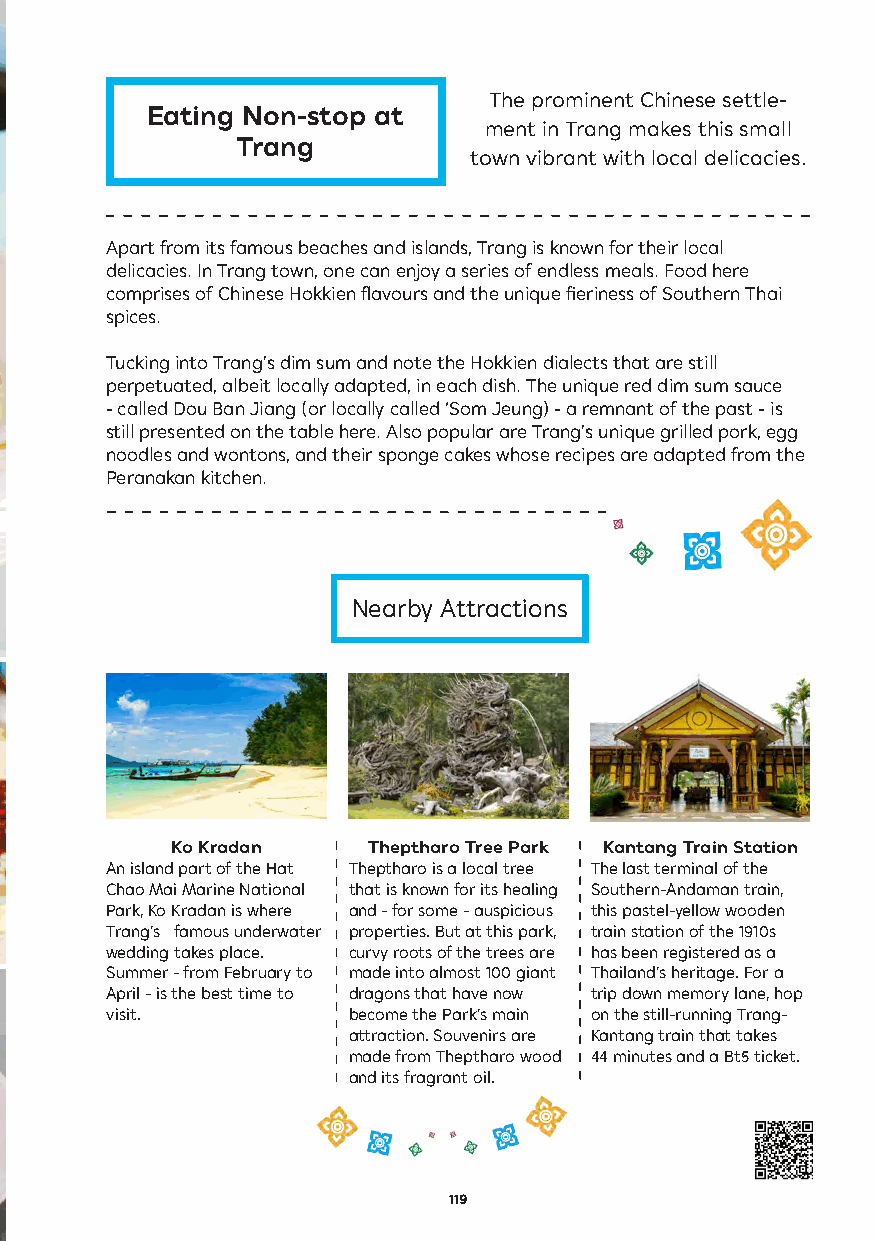
The prominent Chinese settle-
 Eating Non-stop at
 ment in Trang makes this small
 Trang
 town vibrant with local delicacies.
 Apart from its famous beaches and islands, Trang is known for their local
 delicacies. In Trang town, one can enjoy a series of endless meals. Food here
 comprises of Chinese Hokkien flavours and the unique fieriness of Southern Thai
 spices.
 Tucking into Trang’s dim sum and note the Hokkien dialects that are still
 perpetuated, albeit locally adapted, in each dish. The unique red dim sum sauce
 - called Dou Ban Jiang (or locally called ‘Som Jeung) - a remnant of the past - is
 still presented on the table here. Also popular are Trang’s unique grilled pork, egg
 noodles and wontons, and their sponge cakes whose recipes are adapted from the
 Peranakan kitchen.
 Nearby Attractions
 Ko Kradan    Theptharo Tree Park Kantang Train Station
 An island part of the Hat Theptharo is a local tree The last terminal of the
 Chao Mai Marine National that is known for its healing Southern-Andaman train,
 Park, Ko Kradan is where and - for some - auspicious this pastel-yellow wooden
 Trang’s famous underwater properties. But at this park, train station of the 1910s
 wedding takes place. curvy roots of the trees are has been registered as a
 Summer - from February to made into almost 100 giant Thailand’s heritage. For a
 April - is the best time to dragons that have now trip down memory lane, hop
 visit.          become the Park’s main on the still-running Trang-
 attraction. Souvenirs are Kantang train that takes
 made from Theptharo wood 44 minutes and a Bt5 ticket.
 and its fragrant oil.
 119